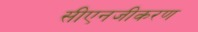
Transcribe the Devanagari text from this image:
सीएनजीकरण